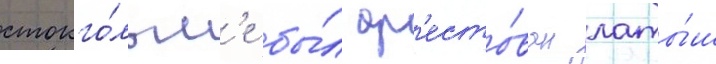
стокго́льм'е бы́л ар'есто́ван латы́ш